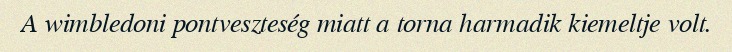
A wimbledoni pontveszteség miatt a torna harmadik kiemeltje volt.